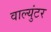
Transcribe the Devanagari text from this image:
वाल्युंटर